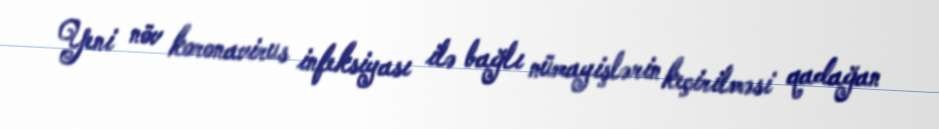
Yeni növ koronavirus infeksiyası ilə bağlı nümayişlərin keçirilməsi qadağan